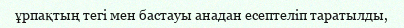
ұрпақтың тегі мен бастауы анадан есептеліп таратылды,